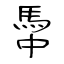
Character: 馽